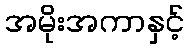
အမိုးအကာနှင့်